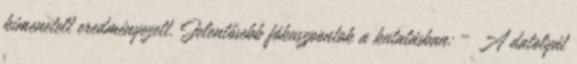
kimenetelt eredményezett. Jelentősebb fókuszpontok a kutatásban: – A datolyát